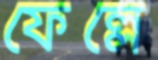
ফেল্লে